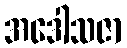
အဒေါသဇာ